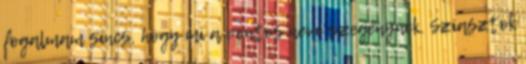
fogalmam sincs, hogy mi a pontos neve szegénynek. Sziasztok